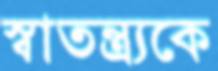
স্বাতন্ত্র্যকে